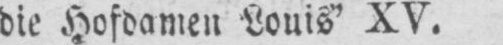
die Hofdamen Louis’ XV.